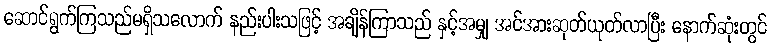
ဆောင်ရွက်ကြသည်မရှိသလောက် နည်းပါးသဖြင့် အချိန်ကြာသည် နှင့်အမျှ အင်အားဆုတ်ယုတ်လာပြီး နောက်ဆုံးတွင်